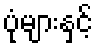
ပုံများနှင့်